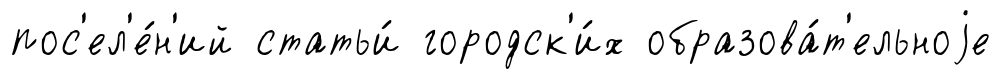
пос'ел'е́н'ий статьи́ городск'и́х образова́т'ельноjе